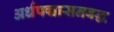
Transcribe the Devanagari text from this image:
अर्धपद्मासनबद्ध